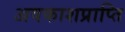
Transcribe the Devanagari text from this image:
अवकाशप्राप्ति